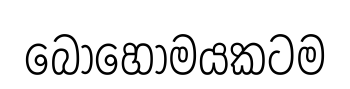
බොහොමයකටම